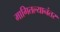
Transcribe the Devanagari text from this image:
मागितल्यानंतर